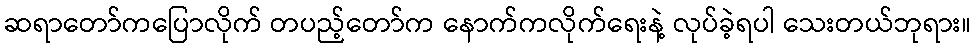
ဆရာတော်ကပြောလိုက် တပည့်တော်က နောက်ကလိုက်ရေးနဲ့ လုပ်ခဲ့ရပါ သေးတယ်ဘုရား။